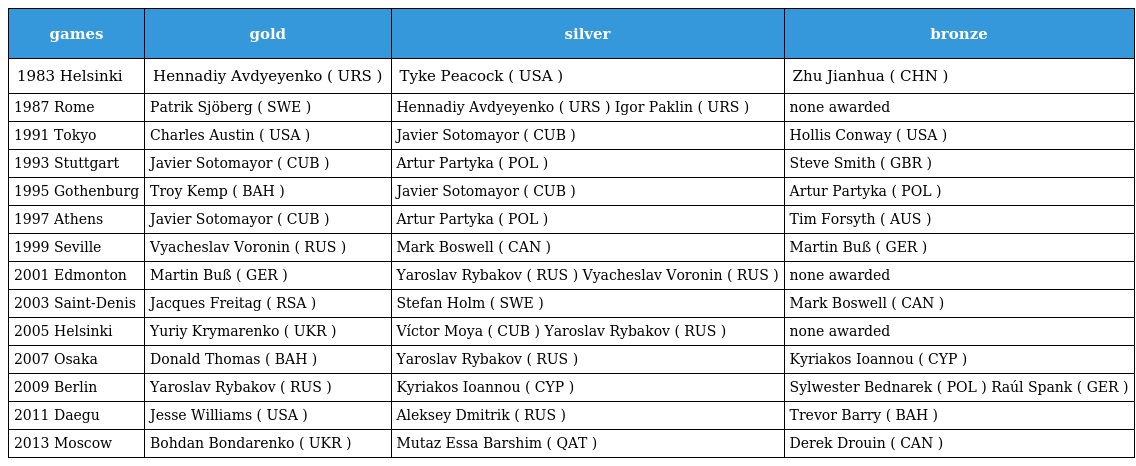
| games | gold | silver | bronze |
 | --- | --- | --- | --- |
 | 1983 Helsinki | Hennadiy Avdyeyenko ( URS ) | Tyke Peacock ( USA ) | Zhu Jianhua ( CHN ) |
 | 1987 Rome | Patrik Sjöberg ( SWE ) | Hennadiy Avdyeyenko ( URS ) Igor Paklin ( URS ) | none awarded |
 | 1991 Tokyo | Charles Austin ( USA ) | Javier Sotomayor ( CUB ) | Hollis Conway ( USA ) |
 | 1993 Stuttgart | Javier Sotomayor ( CUB ) | Artur Partyka ( POL ) | Steve Smith ( GBR ) |
 | 1995 Gothenburg | Troy Kemp ( BAH ) | Javier Sotomayor ( CUB ) | Artur Partyka ( POL ) |
 | 1997 Athens | Javier Sotomayor ( CUB ) | Artur Partyka ( POL ) | Tim Forsyth ( AUS ) |
 | 1999 Seville | Vyacheslav Voronin ( RUS ) | Mark Boswell ( CAN ) | Martin Buß ( GER ) |
 | 2001 Edmonton | Martin Buß ( GER ) | Yaroslav Rybakov ( RUS ) Vyacheslav Voronin ( RUS ) | none awarded |
 | 2003 Saint-Denis | Jacques Freitag ( RSA ) | Stefan Holm ( SWE ) | Mark Boswell ( CAN ) |
 | 2005 Helsinki | Yuriy Krymarenko ( UKR ) | Víctor Moya ( CUB ) Yaroslav Rybakov ( RUS ) | none awarded |
 | 2007 Osaka | Donald Thomas ( BAH ) | Yaroslav Rybakov ( RUS ) | Kyriakos Ioannou ( CYP ) |
 | 2009 Berlin | Yaroslav Rybakov ( RUS ) | Kyriakos Ioannou ( CYP ) | Sylwester Bednarek ( POL ) Raúl Spank ( GER ) |
 | 2011 Daegu | Jesse Williams ( USA ) | Aleksey Dmitrik ( RUS ) | Trevor Barry ( BAH ) |
 | 2013 Moscow | Bohdan Bondarenko ( UKR ) | Mutaz Essa Barshim ( QAT ) | Derek Drouin ( CAN ) |